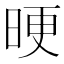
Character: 𣆳